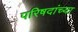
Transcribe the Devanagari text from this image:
परिषदांच्या